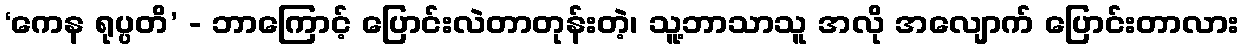
‘ကေန ရုပ္ပတိ’ - ဘာကြောင့် ပြောင်းလဲတာတုန်းတဲ့၊ သူ့ဘာသာသူ အလို အလျောက် ပြောင်းတာလား